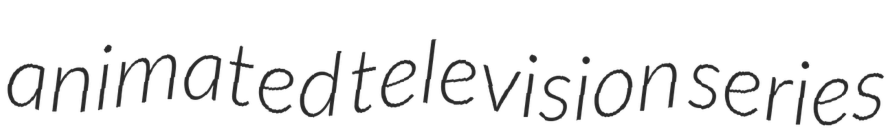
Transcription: animated television series